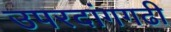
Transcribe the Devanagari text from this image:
उपरदांगगढी